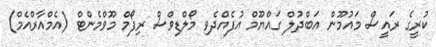
ކުރީގެ ރައީސް މައުމޫން އަބްދުލް ގައްޔޫމް އުފެއްދެވި މޯލްޑިވްސް ރިފޯމް މޫވްމެންޓް (އެމްއާރްއެމް)